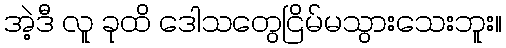
အဲ့ဒီ လူ ခုထိ ဒေါသတွေငြိမ်မသွားသေးဘူး။